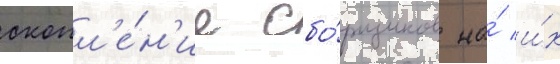
скопл'е́н'ие сбо́рщиков на́ и́х